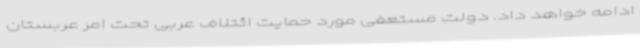
ادامه خواهد داد. دولت مستعفی مورد حمایت ائتلاف عربی تحت امر عربستان